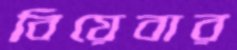
বিয়েবার